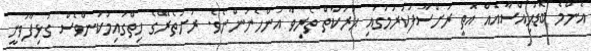
އެންމެ ބޮޑުޙިއްސާއެއް އޮތީ ރަށްސާފުކުރުމުގައި ޙަރަކާތް ތެރިވާ އަންހެނުންނެވެ. ރަށުތެރޭގެ ހިތްގައިމުކަންވެސް ގުޅިފާވަނީ